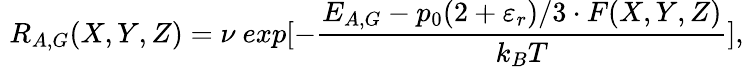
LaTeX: \, \, R_{A,G}(X,Y,Z)=\nu\ exp[-\frac{E_{A,G}-p_{0}(2+\varepsilon_{r})/3\cdot F(X,Y,Z)}{k_{B}T}],